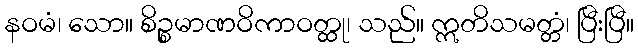
နဝမံ၊ သော။ စိဉ္စမာဏဝိကာဝတ္ထု၊ သည်။ ဣတိသမတ္တံ၊ ပြီးပြီ။